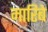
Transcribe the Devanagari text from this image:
मारिबे